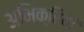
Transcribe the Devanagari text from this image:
अभिक्रियां